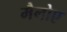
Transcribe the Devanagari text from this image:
मैनोए